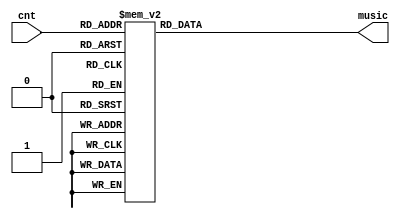
`timescale 1ns / 1ps
//////////////////////////////////////////////////////////////////////////////////
// Company: 
// Engineer: 
// 
// Design Name: 
// Module Name: learn_song2
// Project Name: 
// Target Devices: 
// Tool Versions: 
// Description: 
// 
// Dependencies: 
// 
// Revision:
// Revision 0.01 - File Created
// Additional Comments:
// 
//////////////////////////////////////////////////////////////////////////////////


module learn_song2(
input [5:0] cnt,
output reg [4:0] music = 0
    );
always @(*) begin
                case(cnt) 
                  6'd0    :   music <= 5'd1;
                  6'd1    :   music <= 5'd2;
                  6'd2    :   music <= 5'd3;
                  6'd3    :   music <= 5'd4;
                  6'd4    :   music <= 5'd5;
                  6'd5    :   music <= 5'd6;
                  6'd6    :   music <= 5'd7;
                  6'd7    :   music <= 5'd8;
                  
                  6'd8    :   music <= 5'd9;
                  6'd9    :   music <= 5'd10;
                  6'd10   :   music <= 5'd11;
                  6'd11   :   music <= 5'd12;
                  6'd12   :   music <= 5'd13;
                  6'd13   :   music <= 5'd14;
                  6'd14   :   music <= 5'd15;
                  6'd15   :   music <= 5'd16;
                  
                  6'd16   :   music <= 5'd17;
                  6'd17   :   music <= 5'd18;
                  6'd18   :   music <= 5'd19;
                  6'd19   :   music <= 5'd20;
                  6'd20   :   music <= 5'd21;
                  6'd21   :   music <= 5'd21;
                  6'd22   :   music <= 5'd21;
                  6'd23   :   music <= 5'd21;
                  
                  6'd24   :   music <= 5'd21;
                  6'd25   :   music <= 5'd21;
                  6'd26   :   music <= 5'd21;
                  6'd27   :   music <= 5'd21;
                  6'd28   :   music <= 5'd21;
                  6'd29   :   music <= 5'd21;
                  6'd30   :   music <= 5'd21;
                  6'd31   :   music <= 5'd21;
                  
                  6'd32   :   music <= 5'd21;
                  6'd33   :   music <= 5'd21;
                  6'd34   :   music <= 5'd21;
                  6'd35   :   music <= 5'd21;
                  6'd36   :   music <= 5'd21;
                  6'd37   :   music <= 5'd21;
                  6'd38   :   music <= 5'd21;
                  6'd39   :   music <= 5'd21;
                  
                  6'd40   :   music <= 5'd21;
                  6'd41   :   music <= 5'd21;
                  6'd42   :   music <= 5'd21;
                  6'd43   :   music <= 5'd21;
                  6'd44   :   music <= 5'd21;
                  6'd45   :   music <= 5'd21;
                  6'd46   :   music <= 5'd21;
                  6'd47   :   music <= 5'd21;
                  
                  6'd48   :   music <= 5'd21;
                  6'd49   :   music <= 5'd21;
                  6'd50   :   music <= 5'd21;
                  6'd51   :   music <= 5'd21;
                  6'd52   :   music <= 5'd21;
                  6'd53   :   music <= 5'd21;
                  6'd54   :   music <= 5'd21;
                  6'd55   :   music <= 5'd21;
                  
                  6'd56   :   music <= 5'd21;
                  6'd57   :   music <= 5'd21;
                  6'd58   :   music <= 5'd21;
                  6'd59   :   music <= 5'd21;
                  6'd60   :   music <= 5'd21;
                  6'd61   :   music <= 5'd21;
                  6'd62   :   music <= 5'd21;
                  6'd63   :   music <= 5'd21;
                  default  :   music <= 5'd0;
                endcase
                end
     
    endmodule